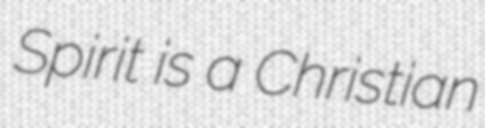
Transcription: Spirit is a Christian